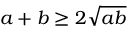
a + b \geq 2 \sqrt { a b }